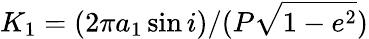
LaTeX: K_{1}=(2\pi a_{1}\sin i)/(P\sqrt{1-e^{2}})